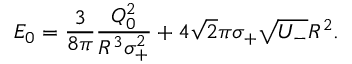
E _ { 0 } = \frac { 3 } { 8 \pi } \frac { Q _ { 0 } ^ { 2 } } { R ^ { 3 } \sigma _ { + } ^ { 2 } } + 4 { \sqrt { 2 } } \pi \sigma _ { + } { \sqrt { U _ { - } } } R ^ { 2 } .